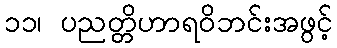
၁၁၊ ပညတ္တိဟာရဝိဘင်းအဖွင့်